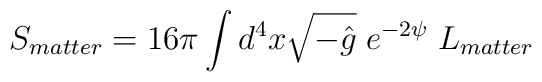
S_{matter}=16\pi\int d^4x\sqrt{-\hat g}\;e^{-2\psi}\;L_{matter}